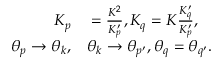
\begin{array} { r l } { K _ { p } } & { { } = \frac { K ^ { 2 } } { K _ { p } ^ { \prime } } , K _ { q } = K \frac { K _ { q } ^ { \prime } } { K _ { p } ^ { \prime } } , } \\ { \theta _ { p } \rightarrow \theta _ { k } , } & { { } \theta _ { k } \rightarrow \theta _ { p ^ { \prime } } , \theta _ { q } = \theta _ { q ^ { \prime } } . } \end{array}